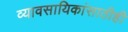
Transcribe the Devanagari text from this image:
व्यावसायिकांसाठीही